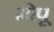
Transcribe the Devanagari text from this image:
मोपू